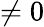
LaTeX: \neq 0